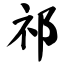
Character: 祁